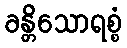
ခန္တိသောရစ္စံ